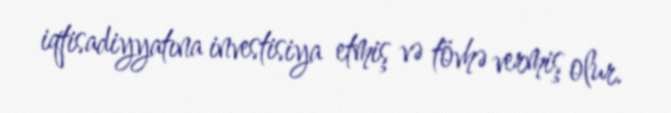
iqtisadiyyatına investisiya etmiş və tövhə vermiş olur.